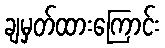
ချမှတ်ထားကြောင်း